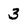
Character: 3